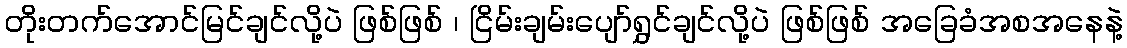
တိုးတက်အောင်မြင်ချင်လို့ပဲ ဖြစ်ဖြစ် ၊ ငြိမ်းချမ်းပျော်ရွှင်ချင်လို့ပဲ ဖြစ်ဖြစ် အခြေခံအစအနေနဲ့